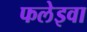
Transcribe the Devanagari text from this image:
फलेइवा